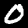
Digit: 0